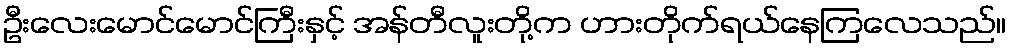
ဦးလေးမောင်မောင်ကြီးနှင့် အန်တီလူးတို့က ဟားတိုက်ရယ်နေကြလေသည်။